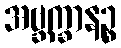
အဗ္ဘက္ခာနဉ္စ